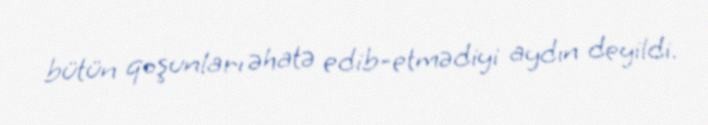
bütün qoşunları əhatə edib-etmədiyi aydın deyildi.